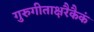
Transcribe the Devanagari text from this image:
गुरुगीताक्षरैकैकं